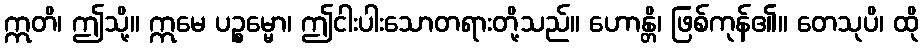
ဣတိ၊ ဤသို့။ ဣမေ ပဉ္စမ္မော၊ ဤငါးပါးသောတရားတို့သည်။ ဟောန္တိ၊ ဖြစ်ကုန်၏။ တေသုပိ၊ ထို